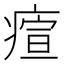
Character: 𤸧